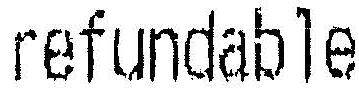
REFUNDABLE